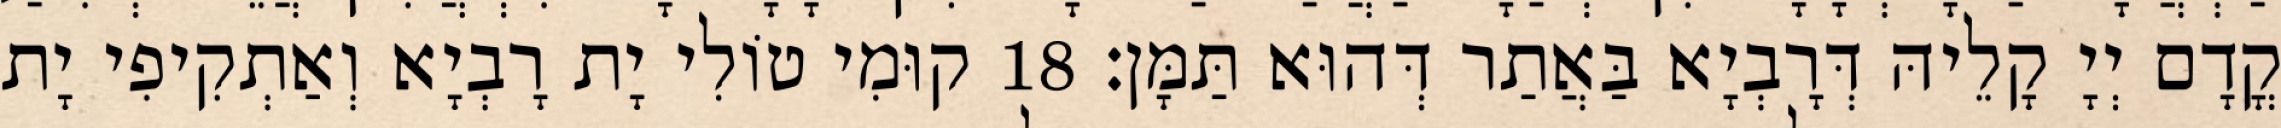
קֳדָם יְיָ קָלֵיהּ דְּרָבְיָא בַּאֲתַר דְּהוּא תַּמָּן׃ 18 קוּמִי טוֹלִי יָת רָבְיָא וְאַתְקִיפִי יָת